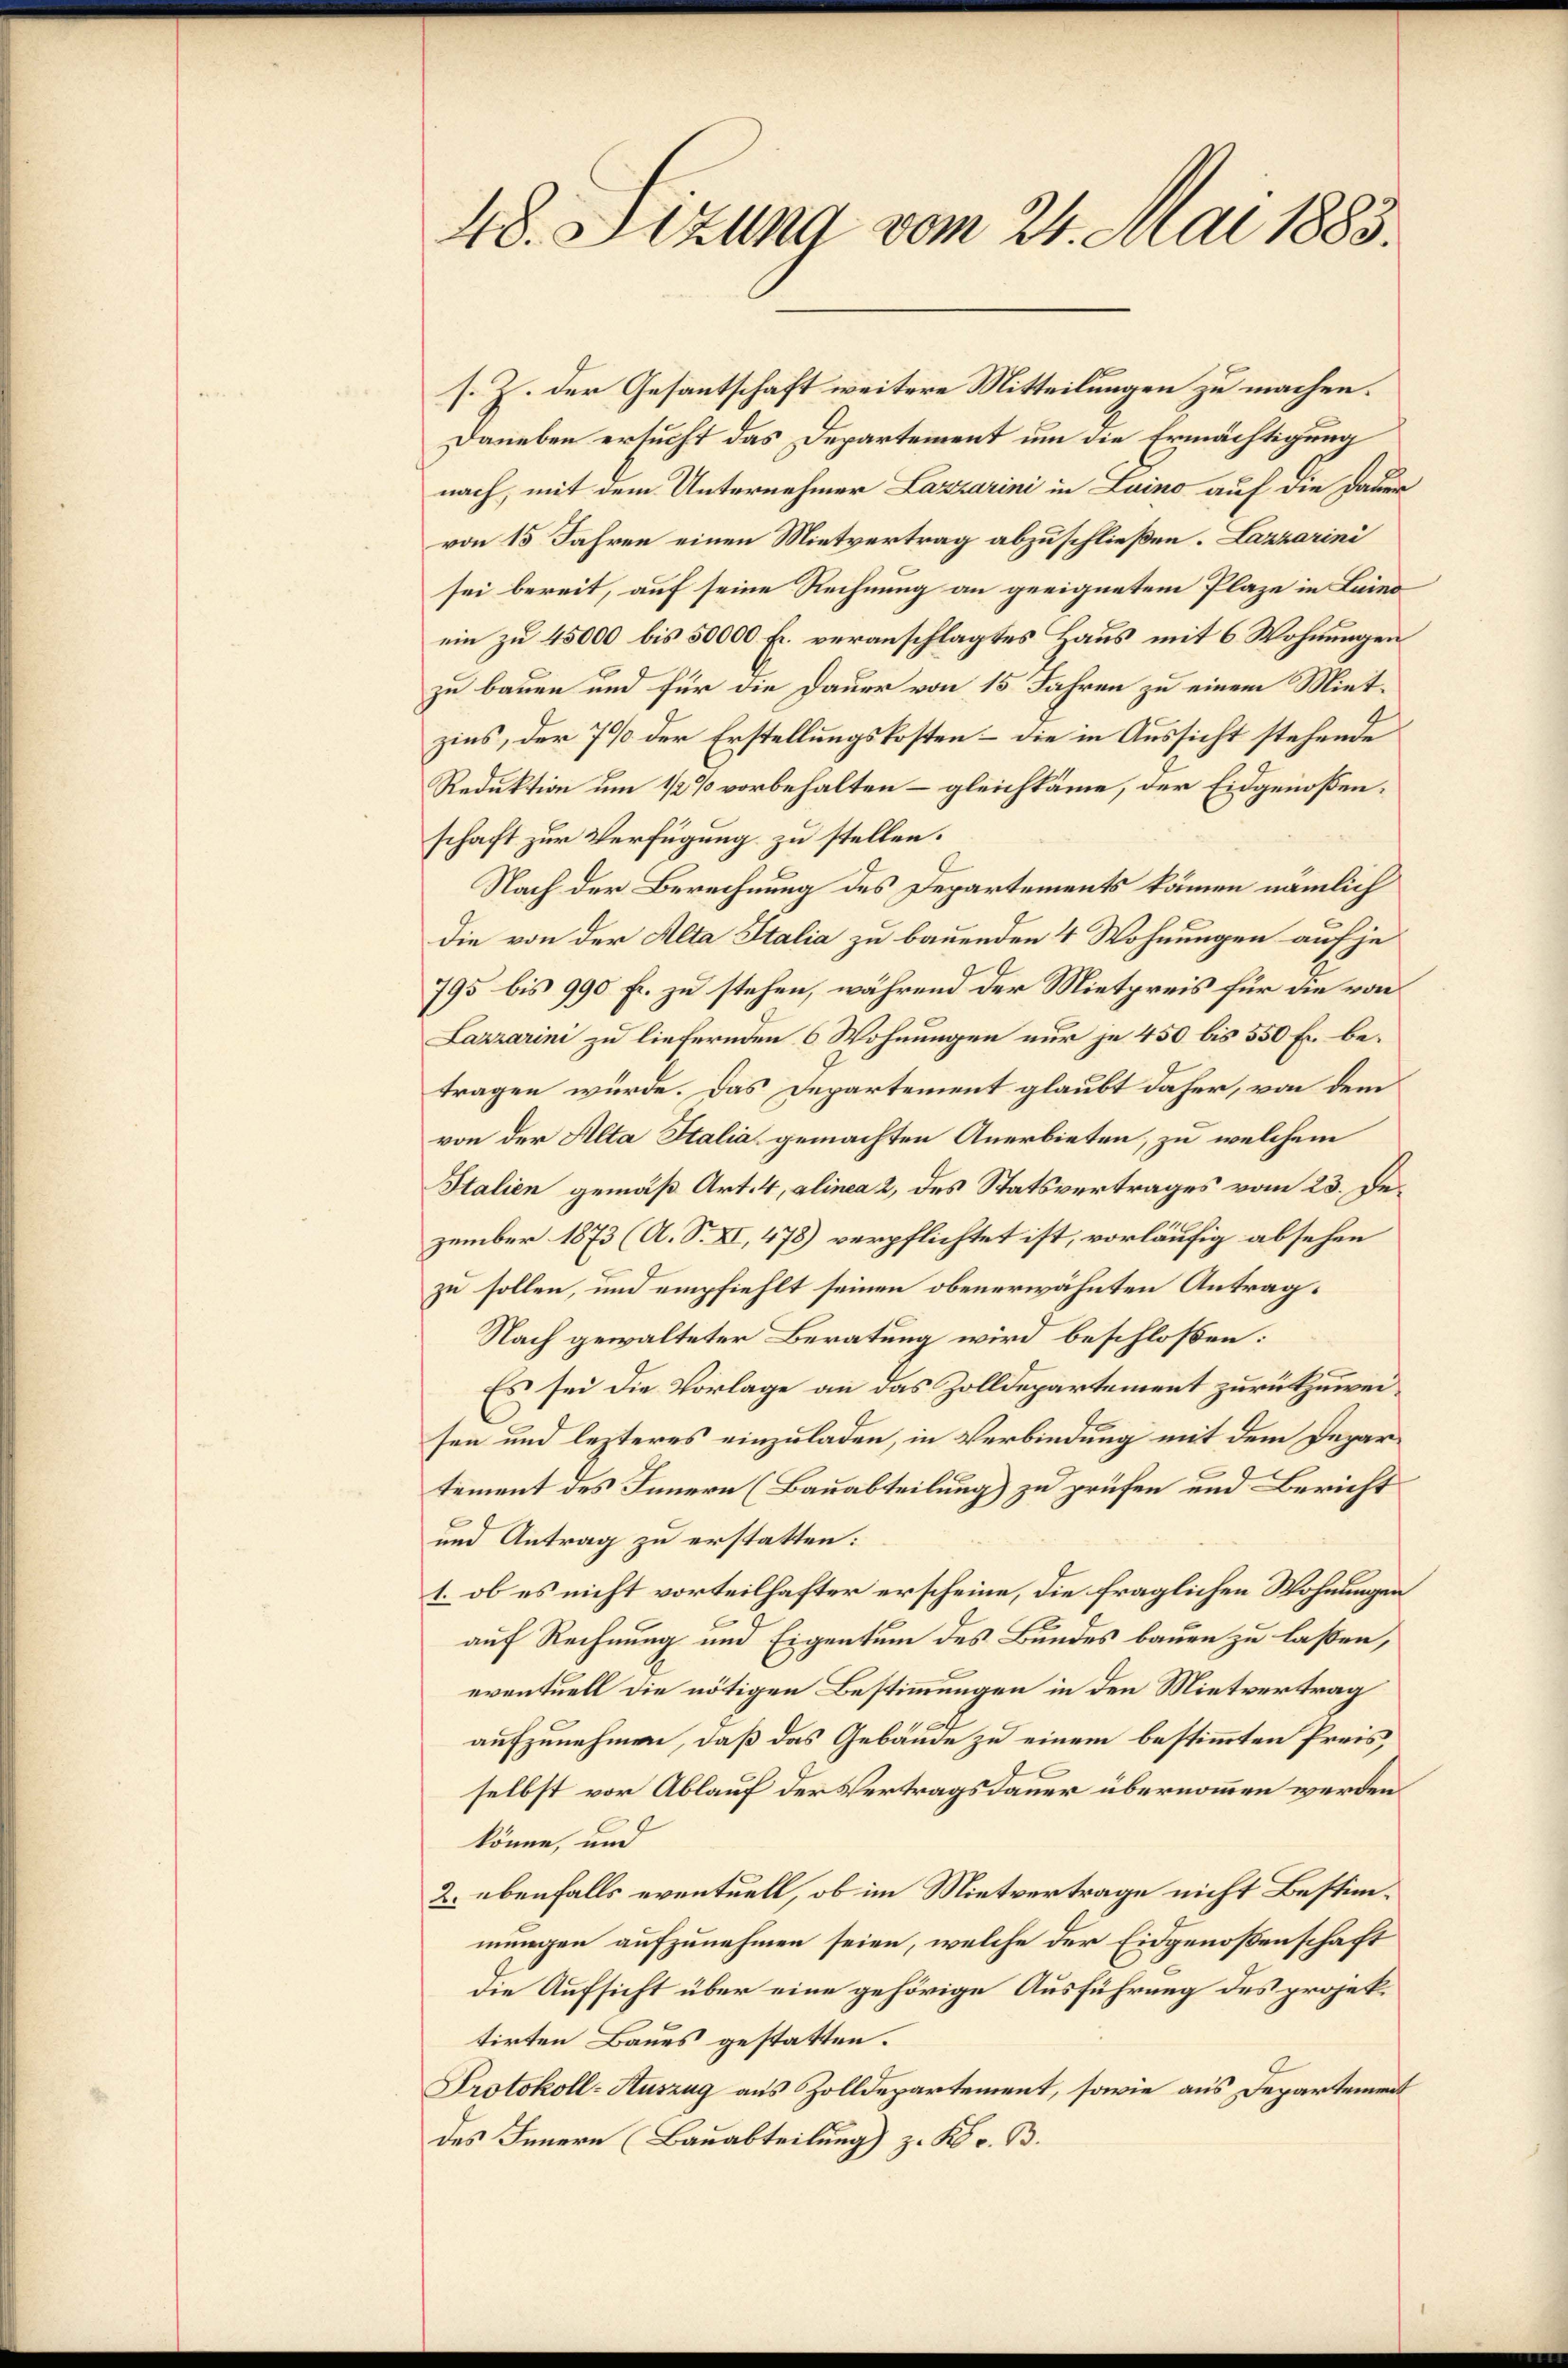
48. Sizung vom 24. Mai 1883.

s. Z. der Gesantschaft weitere Mitteilungen zu machen.
Daneben ersucht das Departement um die Ermächtigung
nach, mit dem Unternehmer Lazzarini in Luino auf die Dauer
von 15 Jahren einen Mietvertrag abzuschließen. Lazzarini
sei bereit, auf seine Rechnung an geeignetem Plaze in Luino
ein zu 45000 bis 50000 Fr. veranschlagtes Haus mit 6 Wohnungen
zu bauen und für die Dauer von 15 Jahren zu einem Mietzins, der 7 % der Erstellungskosten – die in Aussicht stehende
Reduktion um 1/2% vorbehalten – gleichkäme, der Eidgenoßenschaft zur Verfügung zu stellen.
Nach der Berechnung des Departements kämen nämlich
die von der Alta Italia zu bauenden 4 Wohnungen auf je
795 bis 990 fr. zu stehen, während der Mietpreis für die von
Lazzarini zu liefernden 6 Wohnungen nur je 450 bis 550 Fr. betragen würde. Das Departement glaubt daher, von dem
von der Alta Italia gemachten Anerbieten, zu welchem
Italien gemäß Art. 4, alinea 2 des Statsvertrages vom 23. Dezember 1873 (A. S. XI, 478) verpflichtet ist, vorläufig absehen
zu sollen, und empfiehlt seinen obenerwähnten Antrag¬
Nach gewalteter Beratung wird beschloßen:
Es sei die Vorlage an das Zolldepartement zurükzuweisen und lezteres einzuladen, in Verbindung mit dem Departement des Innern (Bauabteilung) zu prüfen und Bericht
und Antrag zu erstatten:
1. ob es nicht vorteilhafter erscheine, die fraglichen Wohnungen
auf Rechnung und Eigentum des Bundes bauen zu laßen,
eventuell die nötigen Bestimmungen in den Mietvertrag
aufzunehmen, daß das Gebäude zu einem bestimmten Preis,
selbst vor Ablauf der Vertragsdauer übernommen werden.
könne, und
2. ebenfalls eventuell, ob im Mietvertrage nicht Bestimmungen aufzunehmen seien, welche der Eidgenoßenschaft
die Aufsicht über eine gehörige Ausführung des projektirten Baues gestatten.
Protokoll-Auszug aus Zolldepartement, sowie aus Departement
des Innern (Bauabteilung) z. Kr. B.